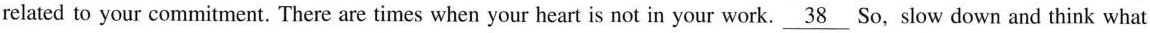
related to your commitment. There are times when your heart is not in your work. \underline{38} So, slow down and think what